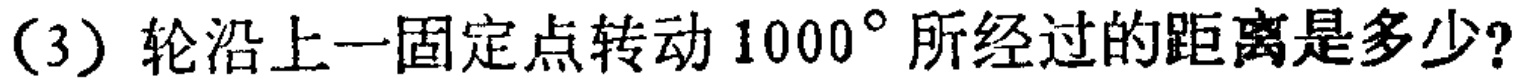
(3) 轮沿上一固定点转动 \(1000^{\circ}\) 所经过的距离是多少?